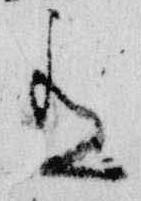
有